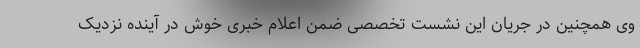
وی همچنین در جریان این نشست تخصصی ضمن اعلام خبری خوش در آینده نزدیک